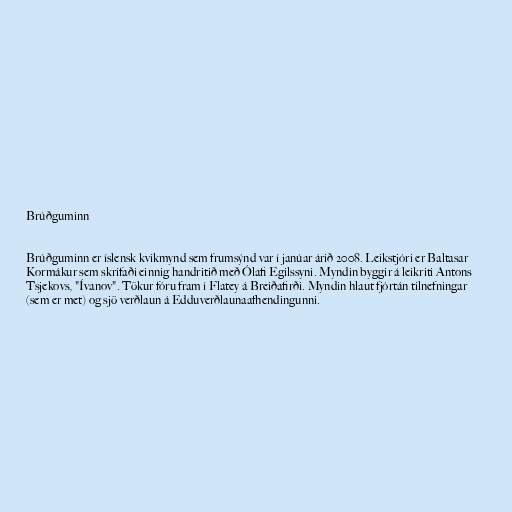
Brúðguminn

Brúðguminn er íslensk kvikmynd sem frumsýnd var í janúar árið 2008. Leikstjóri er Baltasar
Kormákur sem skrifaði einnig handritið með Ólafi Egilssyni. Myndin byggir á leikriti Antons
Tsjekovs, "Ívanov". Tökur fóru fram í Flatey á Breiðafirði. Myndin hlaut fjórtán tilnefningar
(sem er met) og sjö verðlaun á Edduverðlaunaafhendingunni.